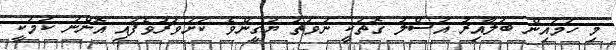
މި ހަމައިން ބަލާއިރު އަސްލު ގޮތަކީ ނުވަތަ ޔަގީންވެ ކަށަވަރުވެފައި އޮންނަ ކަމަކީ